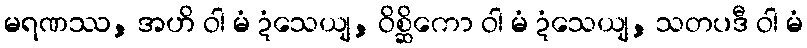
မရဏဿ, အဟိ ဝါ မံ ဍံသေယျ, ဝိစ္ဆိကော ဝါ မံ ဍံသေယျ, သတပဒီ ဝါ မံ